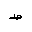
Letter: _da